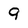
Character: 9